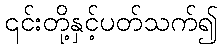
၎င်းတို့နှင့်ပတ်သက်၍